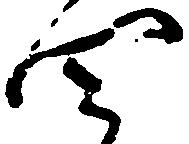
四